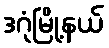
ဒဂုံမြို့နယ်